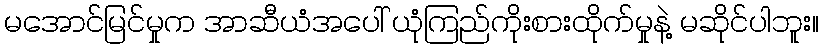
မအောင်မြင်မှုက အာဆီယံအပေါ် ယုံကြည်ကိုးစားထိုက်မှုနဲ့ မဆိုင်ပါဘူး။